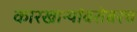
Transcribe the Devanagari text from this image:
कारखान्यांबरोबरच